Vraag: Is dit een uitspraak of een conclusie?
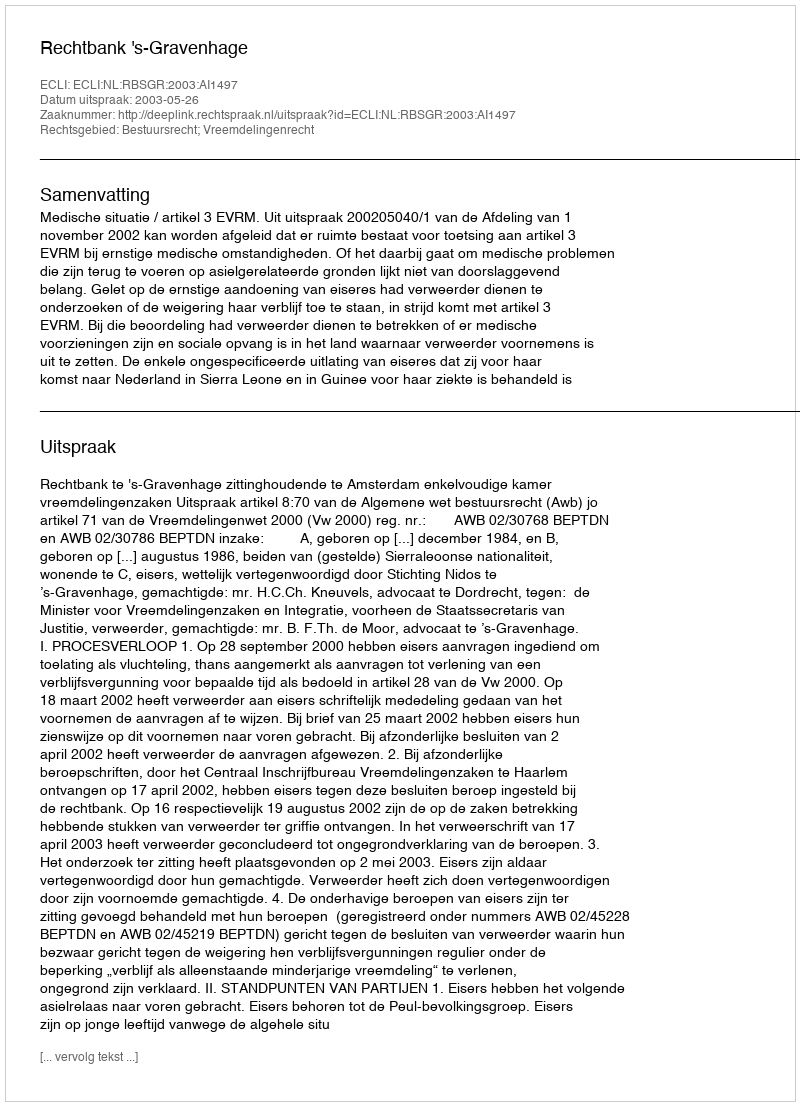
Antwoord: Uitspraak